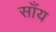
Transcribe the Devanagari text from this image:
साँय